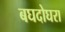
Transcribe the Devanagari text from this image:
बघदोघरा